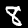
Digit: 8